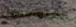
المتواجدون